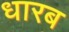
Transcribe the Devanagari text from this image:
धारब